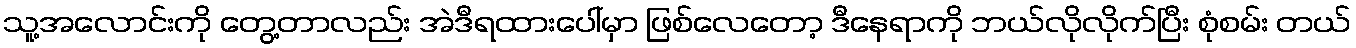
သူ့အလောင်းကို တွေ့တာလည်း အဲဒီရထားပေါ်မှာ ဖြစ်လေတော့ ဒီနေရာကို ဘယ်လိုလိုက်ပြီး စုံစမ်း တယ်